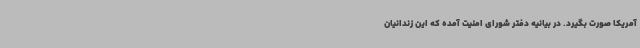
آمریکا صورت بگیرد. در بیانیه دفتر شورای امنیت آمده که این زندانیان